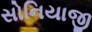
સોનિયાજી